Report of the Bombay Veterinary College
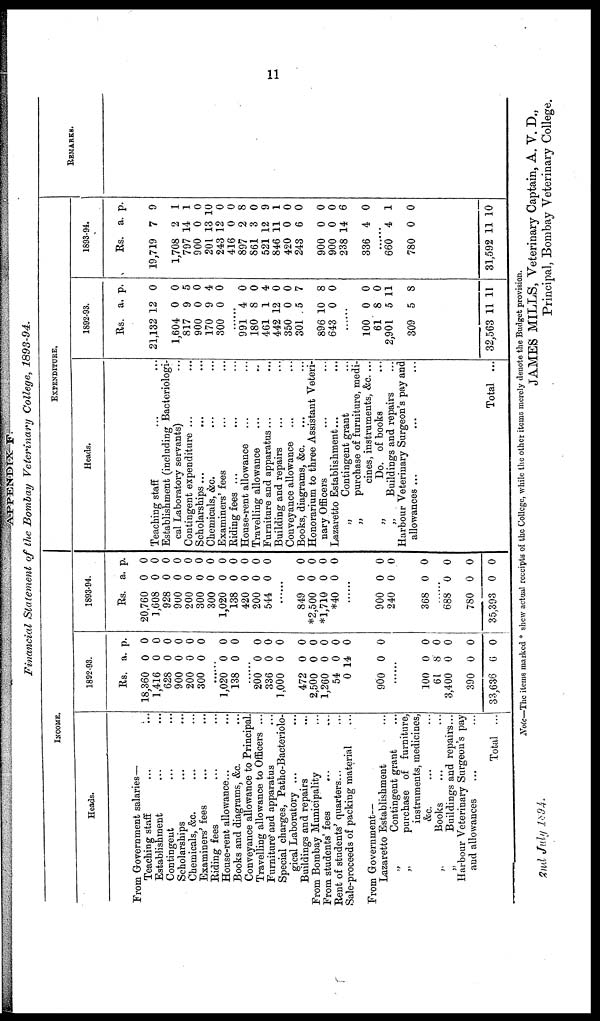
APPENDIX F.
Financial Statement of the Bombay Veterinary College, 1893-94.
INCOME.
Heads.
From Government salaries—
Teaching staff ... ...
Establishment ... ...
Contingent ... ...
Scholarships ... ...
Chemicals, &c. ... ...
Examiners' fees ... ...
Riding fees ... ...
House-rent allowance... ...
Books and diagrams, &c. ... ...
Conveyance allowance to Principal.
Travelling allowance to Officers ...
Furniture and apparatus ... ...
Special charges, Patho-Bacteriolo-
gical Laboratory ...
Buildings and repairs... ...
From Bombay Municipality... ...
From students' fees... ...
Rent of students' quarters...
Sale-proceeds of packing material
From Government—
Lazaretto Establishment
„
Contingent grant
„
purchase of furniture,
instruments, medicines,
&c.
„
Books
„
Buildings and repairs...
Harbour Veterinary Surgeon's pay
and allowances
Total ...
1892-93.
Rs.
18,360
1,416
628
900
200
300
......
1,020
138
200
336
1,000
472
2,500
1,260
54
0
900
100
61
3,400
390
33,636
a.
0
0
0
0
0
0
0
0
0
0
0
0
0
0
0
14
0
0
8
0
0
6
p.
0
0
0
0
0
0
0
0
0
0
0
0
0
0
0
0
0
0
0
0
0
0
1893-94.
Rs.
20,760
1,608
928
900
200
300
300
1,020
138
420
200
544
849
*2,500
*1,710
*40
900
240
368
688
780
35,393
a.
0
0
0
0
0
0
0
0
0
0
0
0
0
0
0
0
0
0
0
0
0
0
p.
0
0
0
0
0
0
0
0
0
0
0
0
0
0
0
0
0
0
0
0
0
0
EXPENDITURE.
Heads.
Teaching staff
Establishment (including Bacteriologi-
cal Laboratory servants)
Contingent expenditure ...
Scholarships...
...
...
Chemicals, &c. ... ...
Examiners' fees ... ...
Riding fees ... ... ...
House-rent allowance... ... ... ...
Travelling allowance... ... ... ...
Furniture and apparatus... ... ...
Building and repairs ... ... ... ...
Conveyance allowance ... ... ... ...
Books, diagrams, &c. ... ... ... ...
Honorarium to three Assistant Veteri-
nary Officers
Lazaretto Establishment...
„
Contingent grant
„
purchase of furniture, medi-
cines, instruments, &c. ...
„
Do. of books
„
Buildings and repairs
Harbour Veterinary Surgeon's pay and
allowances ...
Total ...
1892-93.
Rs.
21,132
1,604
817
900
170
300
991
180
461
442
350
301
896
643
100
61
2,901
309
32,563
a.
12
0
9
0
9
0
4
8
1
12
0
5
10
0
0
8
5
5
11
p.
0
0
5
0
4
0
0
0
4
0
0
7
8
0
0
0
11
8
11
1893-94.
Rs.
19,719
1,708
797
900
201
243
416
897
861
521
846
420
243
900
900
238
336
660
780
31,592
a.
7
2
14
0
13
12
0
2
3
12
11
0
6
0
0
14
4
4
0
11
p.
9
1
1
0
10
0
0
8
0
9
1
0
0
0
0
6
0
1
0
10
REMARKS.
Note—The items marked * shew actual receipts of the College, while the other items merely denote the Budget provision.
2nd
July
1894
JAMES MILLS, Veterinary Captain, A. V. D.,
Principal, Bombay Veterinary College.